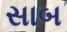
સાબ